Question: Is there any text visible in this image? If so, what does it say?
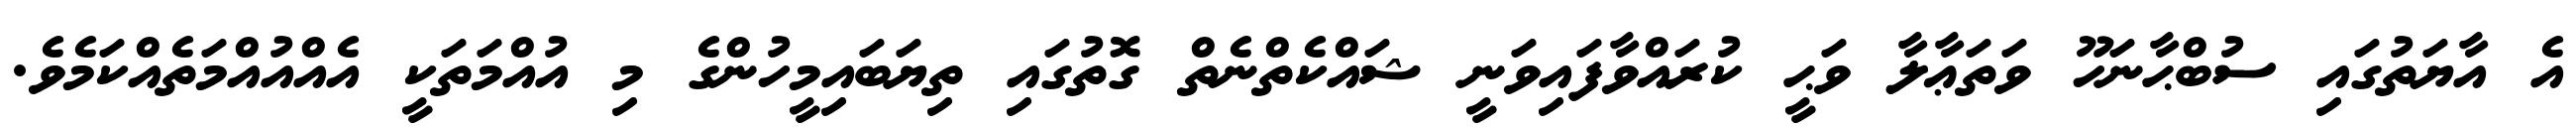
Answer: އެ އާޔަތުގައި ސުބްޙާނަހޫ ވަތަޢާލާ ވަޙީ ކުރައްވާފައިވަނީ ޝައްކެތްނެތް ގޮތުގައި ތިޔަބައިމީހުންގެ މި އުއްމަތަކީ އެއްއުއްމަތެއްކަމެވެ.